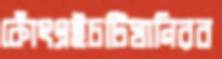
কোঁৎএইচটিঘানিরব